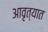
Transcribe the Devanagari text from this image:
आवृत्यात